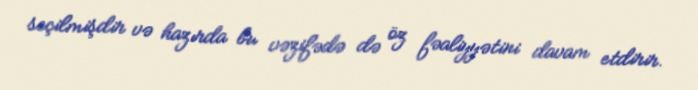
seçilmişdir və hazırda bu vəzifədə də öz fəaliyyətini davam etdirir.